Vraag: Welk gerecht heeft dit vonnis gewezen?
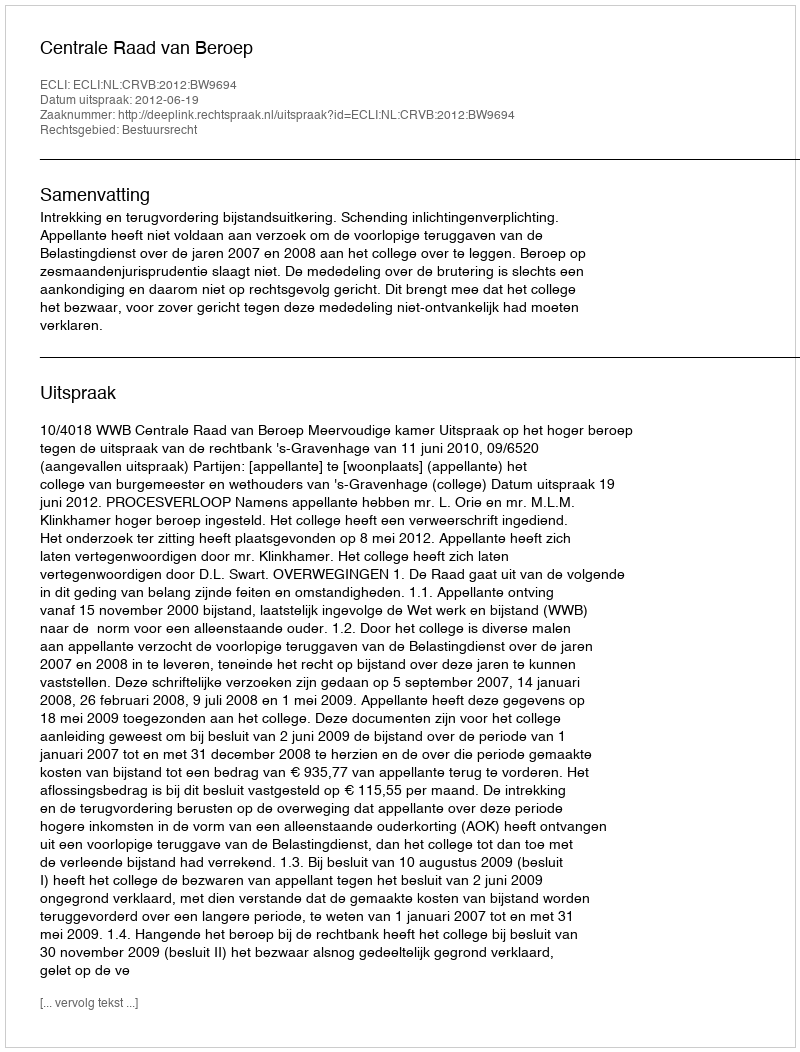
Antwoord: Centrale Raad van Beroep